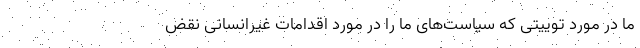
ما در مورد توییتی که سیاست‌های ما را در مورد اقدامات غیرانسانی نقض